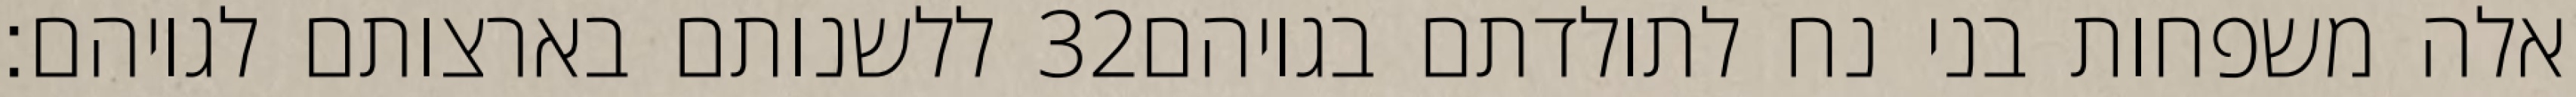
ללשנותם בארצותם לגויהם׃ ‎32‏ אלה משפחות בני נח לתולדתם בגויהם